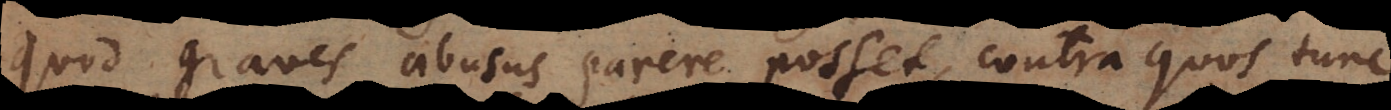
quod graves abusus parere posset, contra quos tunc